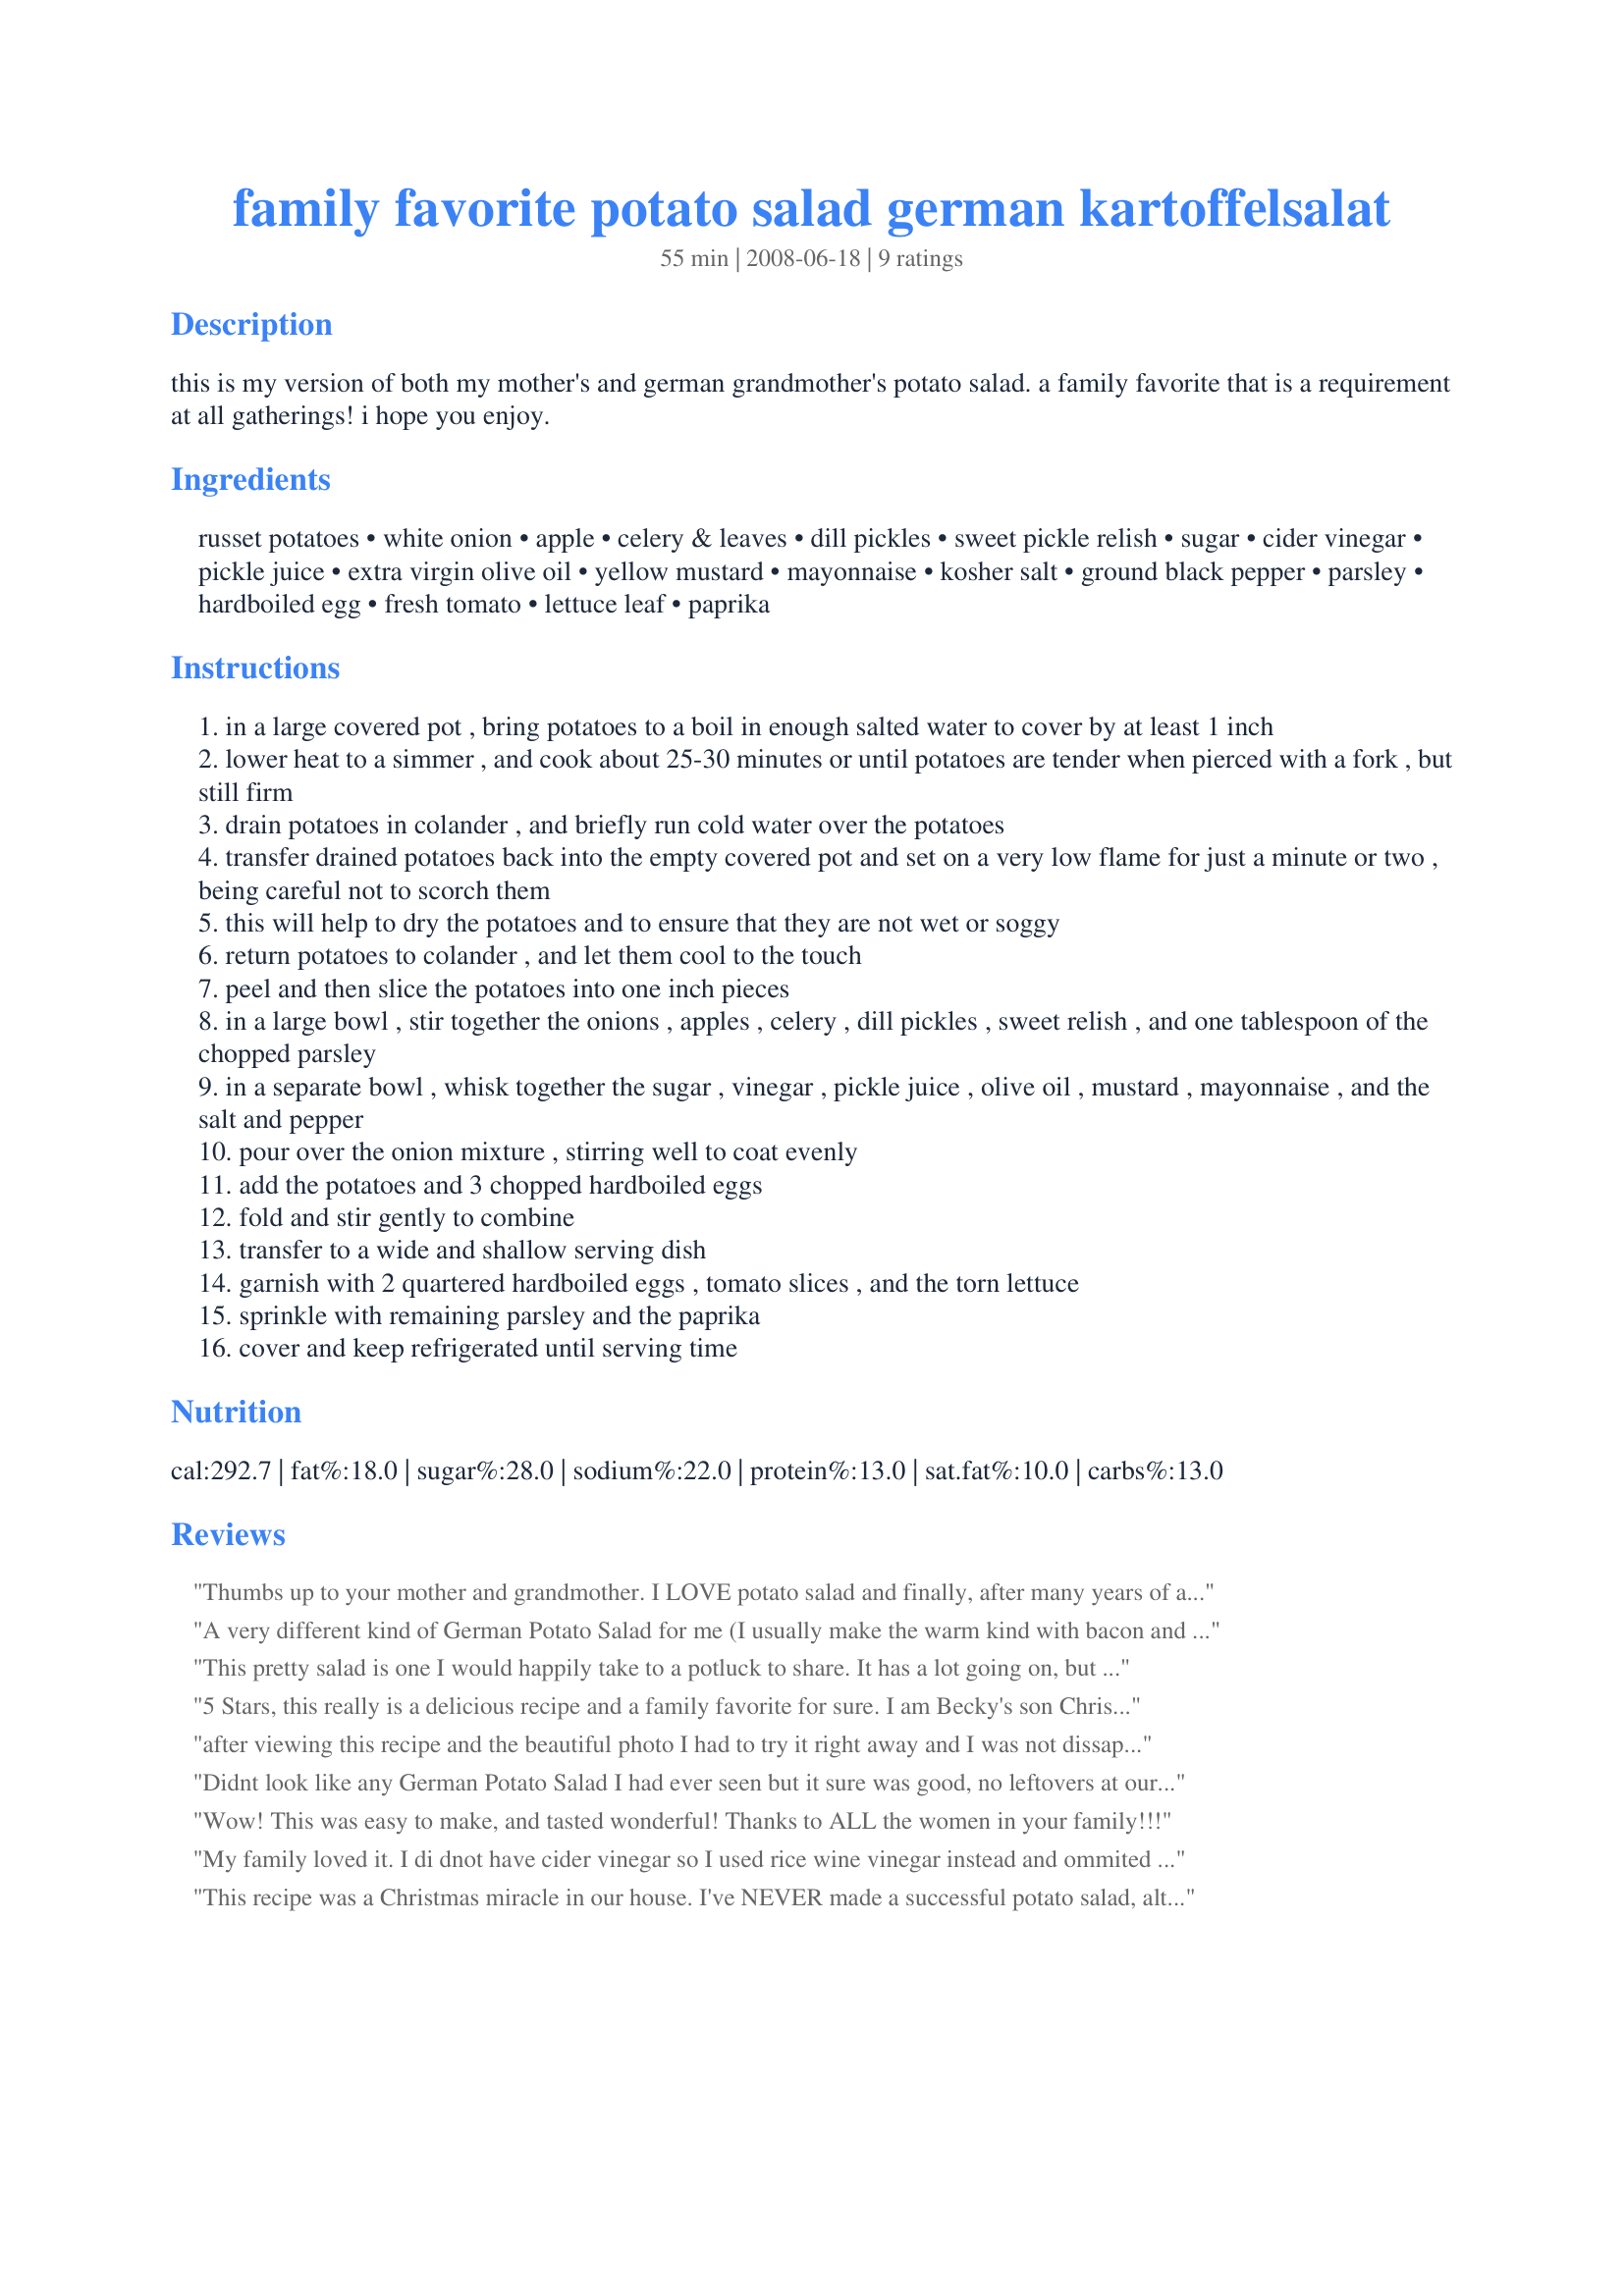
family favorite potato salad german kartoffelsalat
Preparation time: 55 minutes

this is my version of both my mother's and german grandmother's potato salad. a family favorite that is a requirement at all gatherings! i hope you enjoy.

Ingredients:
russet potatoes, white onion, apple, celery & leaves, dill pickles, sweet pickle relish, sugar, cider vinegar, pickle juice, extra virgin olive oil, yellow mustard, mayonnaise, kosher salt, ground black pepper, parsley, hardboiled egg, fresh tomato, lettuce leaf, paprika

Steps:
in a large covered pot , bring potatoes to a boil in enough salted water to cover by at least 1 inch
lower heat to a simmer , and cook about 25-30 minutes or until potatoes are tender when pierced with a fork , but still firm
drain potatoes in colander , and briefly run cold water over the potatoes
transfer drained potatoes back into the empty covered pot and set on a very low flame for just a minute or two , being careful not to scorch them
this will help to dry the potatoes and to ensure that they are not wet or soggy
return potatoes to colander , and let them cool to the touch
peel and then slice the potatoes into one inch pieces
in a large bowl , stir together the onions , apples , celery , dill pickles , sweet relish , and one tablespoon of the chopped parsley
in a separate bowl , whisk together the sugar , vinegar , pickle juice , olive oil , mustard , mayonnaise , and the salt and pepper
pour over the onion mixture , stirring well to coat evenly
add the potatoes and 3 chopped hardboiled eggs
fold and stir gently to combine
transfer to a wide and shallow serving dish
garnish with 2 quartered hardboiled eggs , tomato slices , and the torn lettuce
sprinkle with remaining parsley and the paprika
cover and keep refrigerated until serving time

Reviews:
Thumbs up to your mother and grandmother. I LOVE potato salad and finally, after many years of attempting to create the perfect recipe, I have found the KEEPER. My only extra additon are radishes but other than that, it is the BEST. Trouble is, I ate half of it, so the rest of the crew have to have smaller portions p.m. Oh well, hahaha---the cook is allowed to sample. Thanx alot.
A very different kind of German Potato Salad for me (I usually make the warm kind with bacon and vinegar). I really enjoyed all the crunchy stuff with the potatoes. I didn't use any of the garnishes - it was late and we were hungry, so my photo does not look very pretty! I used a little less mayo than called for.
This pretty salad is one I would happily take to a potluck to share. It has a lot going on, but every bite is delicious! The ingredients used in the dressing build a layer of flavor so use them all. Thank you for sharing the recipe.
5 Stars, this really is a delicious recipe and a family favorite for sure.
I am Becky's son Christopher and I can vouch for this wonderful dish!
after viewing this recipe and the beautiful photo I had to try it right away and I was not dissapointed, this is a wonderful potato salad with flavors that blend together very well, I did make a few amount adjustments and used red potatoes, I have it chilling in my fridge to serve later and I just cannot keep my spoon out of the bowl, thank you for sharing your wonderful recipe Becky this is one I will make again soon!
Didnt look like any German Potato Salad I had ever seen but it sure was good, no leftovers at our family Christmas dinner. No doubt a keeper. Thanks for posting BecR
Wow! This was easy to make, and tasted wonderful! Thanks to ALL the women in your family!!!
My family loved it. I di dnot have cider vinegar so I used rice wine vinegar instead and ommited the sugar and sweet pickle relish. Fabulous!!!! My daughter insisted on eating it hot she liked it so much.
This recipe was a Christmas miracle in our house. I've NEVER made a successful potato salad, although I'm a reasonably competent cook. I made this for our Christmas Eve dinner, and we were all blown away by how delicious it tastes. It does make a lot, so I'll probably make a half a recipe for our family of 3 if I am making it just for us. I used a golden delicious apple and vidalia onion. I also used a very high quality olive oil that I reserve only for making dressings or for dipping bread. I wouldn't change a thing about this. The only issue I had was that I think I may have overcooked my potatoes slightly. They held together OK, but I had to be very careful when mixing this. This is not an issue with the recipe - just one of the problems that always plagues me when trying to make potato salad. Thank you for saving my family from a lifetime of deli purchased potato salads!
